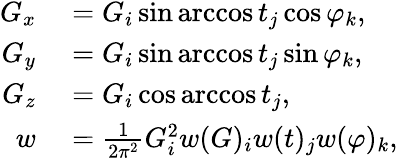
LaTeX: \begin{array}{rl}{G_{x}}&{{}=G_{i}\sin\operatorname{arccos}t_{j}\cos\varphi_{k},}\\ {G_{y}}&{{}=G_{i}\sin\operatorname{arccos}t_{j}\sin\varphi_{k},}\\ {G_{z}}&{{}=G_{i}\cos\operatorname{arccos}t_{j},}\\ {w}&{{}=\frac{1}{2\pi^{2}}G_{i}^{2}w(G)_{i}w(t)_{j}w(\varphi)_{k},}\end{array}